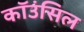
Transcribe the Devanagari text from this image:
कॉउंसिल